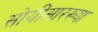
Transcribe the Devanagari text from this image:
सोयींसारख्या